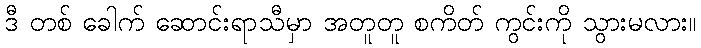
ဒီ တစ် ခေါက် ဆောင်းရာသီမှာ အတူတူ စကိတ် ကွင်းကို သွားမလား။